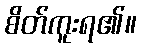
စိတ်ကူးရ၏။